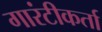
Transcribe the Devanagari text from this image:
गारंटीकर्ता